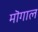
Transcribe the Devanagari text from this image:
मॊगाल